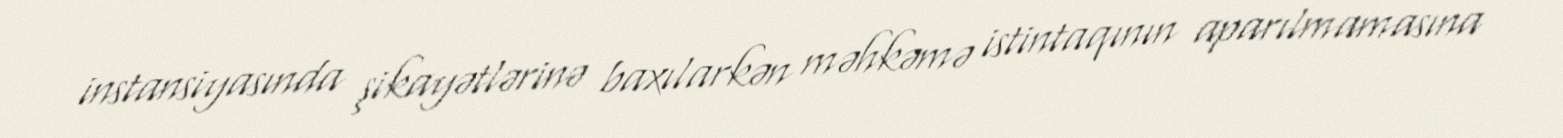
instansiyasında şikayətlərinə baxılarkən məhkəmə istintaqının aparılmamasına